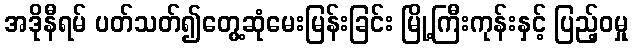
အဒိုနီရမ် ပတ်သတ်၍တွေ့ဆုံမေးမြန်းခြင်း မြို့ကြီးကုန်းနှင့် ပြည့်ဝမှု